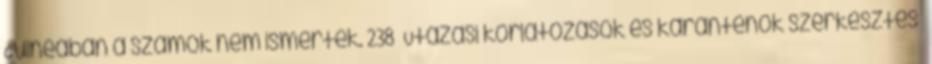
Guineában a számok nem ismertek. 238 Utazási korlátozások és karanténok szerkesztés